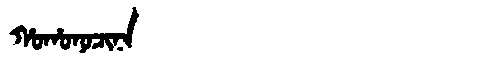
Manchu: ᡥᠣᡥᠣᠨᠣᠴᡳᠨᠠ
Romanization: HOHONOCINA